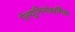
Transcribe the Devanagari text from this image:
ऐल्यूमिनोथर्मिक